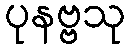
ပုနဗ္ဗသု